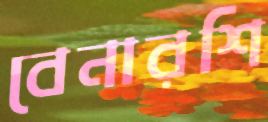
বেনারশি